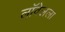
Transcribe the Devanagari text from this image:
लॉवेलला